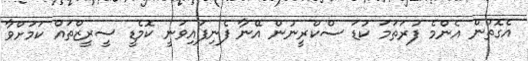
އެގޮތުން އެންމެ ފުރަތަމަ ކުޑަ ސްކްރީނުން އޭނާ ފެނިފައިވަނީ ކޮމެޑީ ސީރީޒްތައް ކަމަށްވާ